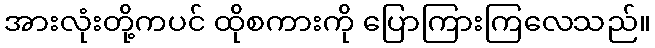
အားလုံးတို့ကပင် ထိုစကားကို ပြောကြားကြလေသည်။